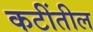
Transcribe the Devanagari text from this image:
कटींतील